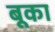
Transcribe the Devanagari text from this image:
बूका